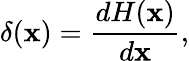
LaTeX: \delta(\mathbf{x})={\frac{{dH(\mathbf{x})}}{{d\mathbf{x}}}},